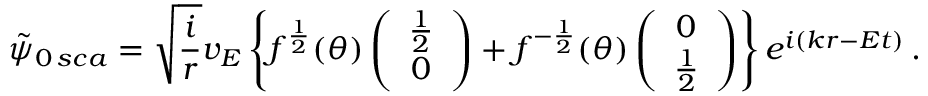
\tilde { \psi } _ { 0 \, s c a } = \sqrt { \frac { i } { r } } v _ { E } \left\{ f ^ { \frac { 1 } { 2 } } ( \theta ) \left( \begin{array} { c } { { \frac { 1 } { 2 } } } \\ { { 0 } } \end{array} \right) + f ^ { - \frac { 1 } { 2 } } ( \theta ) \left( \begin{array} { c } { { 0 } } \\ { { \frac { 1 } { 2 } } } \end{array} \right) \right\} e ^ { i ( k r - E t ) } \, .